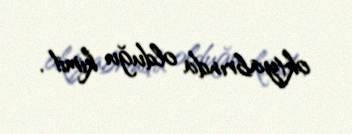
oktyabrında olduğu kimi!.